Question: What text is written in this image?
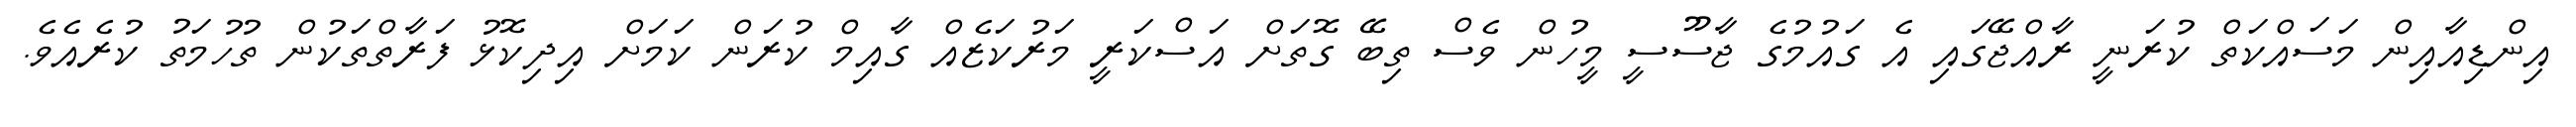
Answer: އިންޑިއާއިން މަސައްކަތް ކުރަނީ ރާއްޖޭގައި އެ ގައުމުގެ ޖާސޫސީ މީހުން ވެސް ތިބޭ ގޮތަށް އަސްކަރީ މަރުކަޒެއް ގާއިމް ކުރަން ކަމަށް އިދިކޮޅު ފަރާތްތަކުން ތުހުމަތު ކުރެއެވެ.